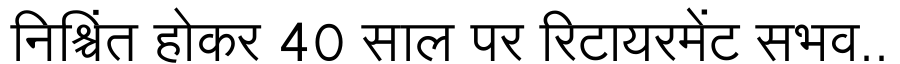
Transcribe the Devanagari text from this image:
निश्चिंत होकर 40 साल पर रिटायरमेंट सभव..